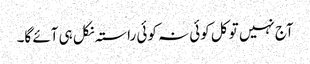
آج نہیں تو کل کوئی نہ کوئی راستہ نکل ہی آئے گا۔